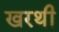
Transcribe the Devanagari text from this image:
खरथी